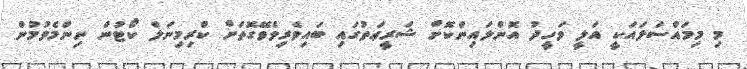
މި މިމައްސަލައަކީ އަލީ ވަހީދު އޮންލައިންކޮށް ޝަރީޢަތުގައި ބައިވެރިވެވޭގޮތަށް ކްރިމިނަލް ކޯޓުން ނިންމެވުމުން